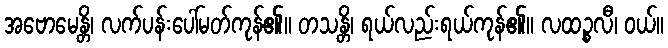
အဗောမေန္တိ၊ လက်ပန်းပေါ်မတ်ကုန်၏။ တသန္တိ၊ ရယ်လည်းရယ်ကုန်၏။ လထဉ္စလီ၊ ဝယ်။